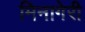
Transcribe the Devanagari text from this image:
मिनागेरी